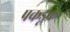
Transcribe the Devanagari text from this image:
पकडूक